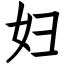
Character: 妇